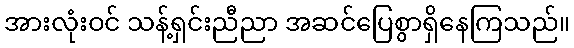
အားလုံးဝင် သန့်ရှင်းညီညာ အဆင်ပြေစွာရှိနေကြသည်။